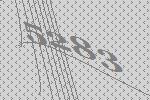
5283